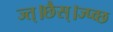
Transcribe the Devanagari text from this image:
ज्त्।छैस्।ज्प्व्छ